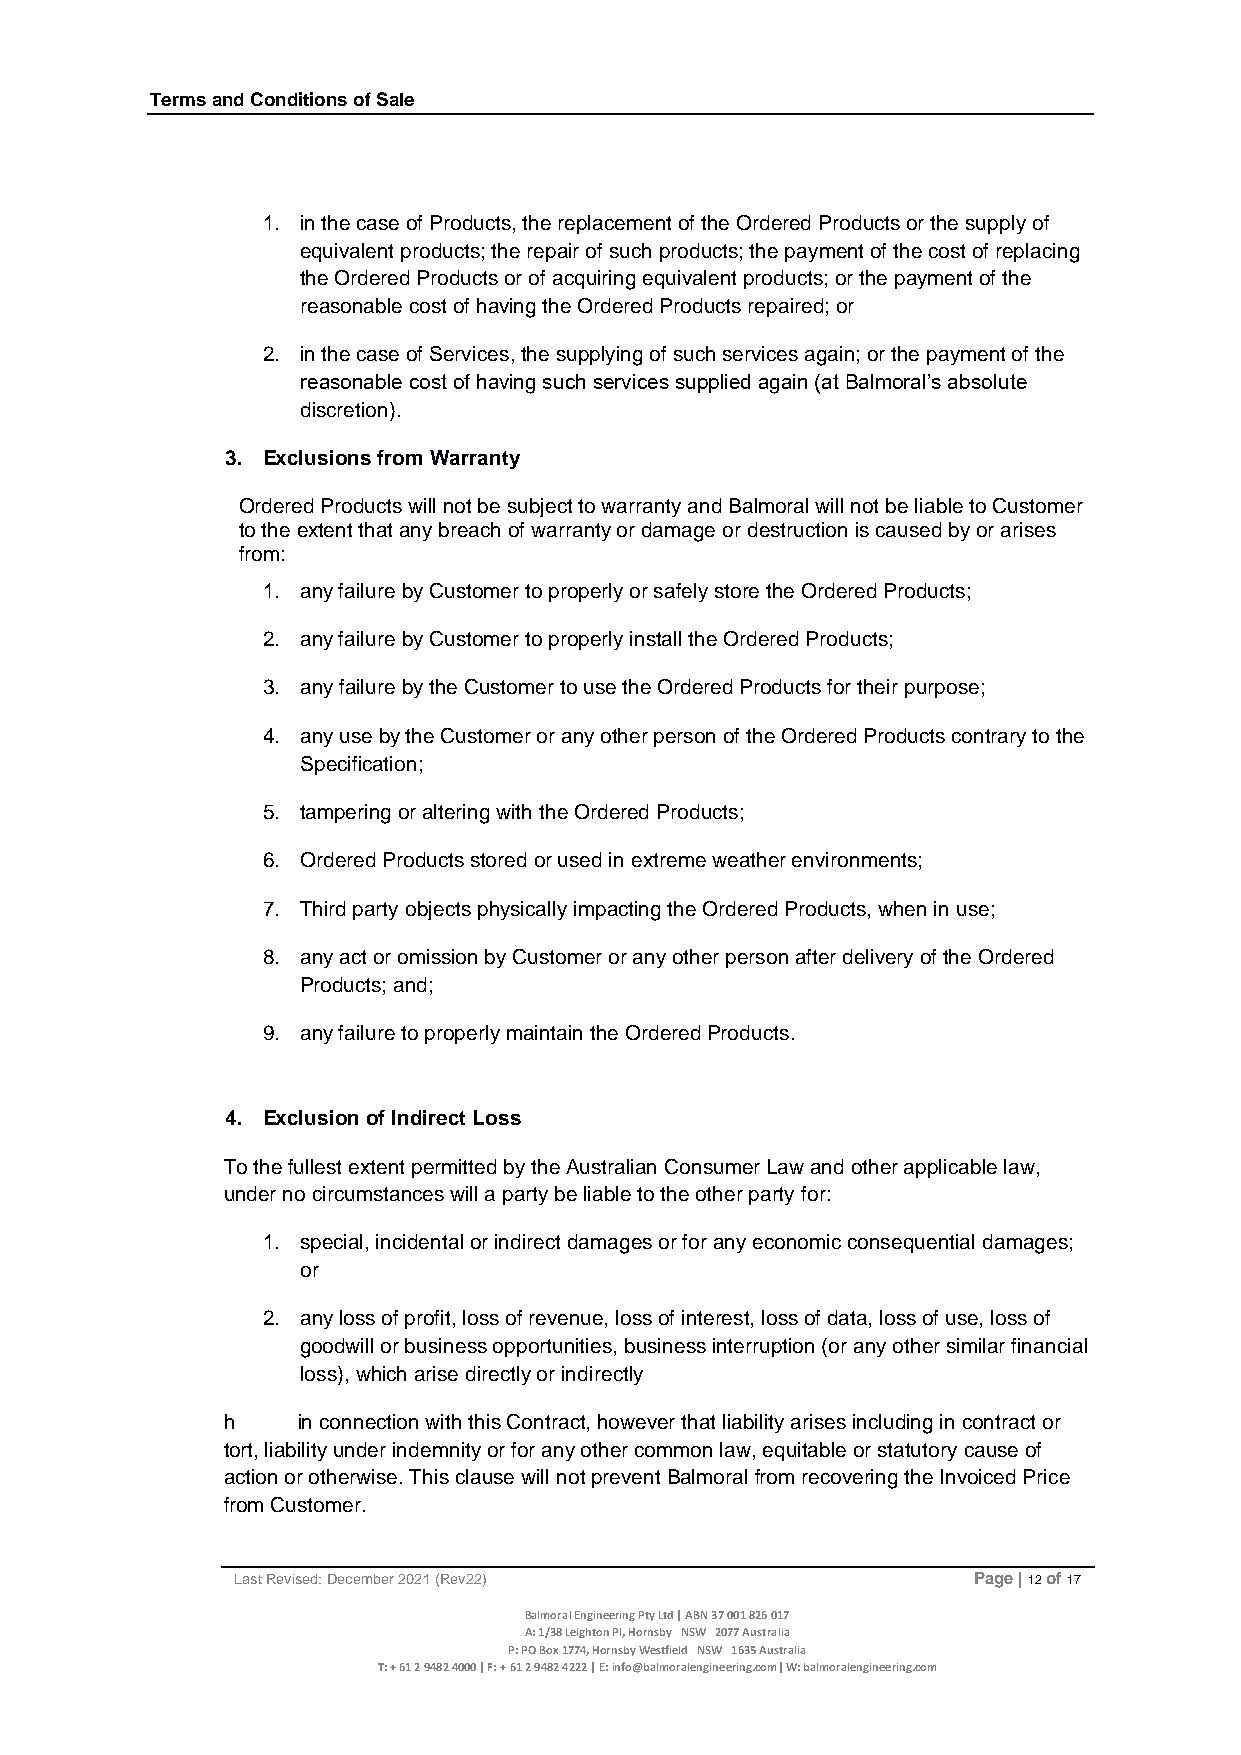
Terms and Conditions of Sale
 1. in the case of Products, the replacement of the Ordered Products or the supply of
 equivalent products; the repair of such products; the payment of the cost of replacing
 the Ordered Products or of acquiring equivalent products; or the payment of the
 reasonable cost of having the Ordered Products repaired; or
 2. in the case of Services, the supplying of such services again; or the payment of the
 reasonable cost of having such services supplied again (at Balmoral’s absolute
 discretion).
 3. Exclusions from Warranty
 Ordered Products will not be subject to warranty and Balmoral will not be liable to Customer
 to the extent that any breach of warranty or damage or destruction is caused by or arises
 from:
 1. any failure by Customer to properly or safely store the Ordered Products;
 2. any failure by Customer to properly install the Ordered Products;
 3. any failure by the Customer to use the Ordered Products for their purpose;
 4. any use by the Customer or any other person of the Ordered Products contrary to the
 Specification;
 5. tampering or altering with the Ordered Products;
 6. Ordered Products stored or used in extreme weather environments;
 7. Third party objects physically impacting the Ordered Products, when in use;
 8. any act or omission by Customer or any other person after delivery of the Ordered
 Products; and;
 9. any failure to properly maintain the Ordered Products.
 4. Exclusion of Indirect Loss
 To the fullest extent permitted by the Australian Consumer Law and other applicable law,
 under no circumstances will a party be liable to the other party for:
 1. special, incidental or indirect damages or for any economic consequential damages;
 or
 2. any loss of profit, loss of revenue, loss of interest, loss of data, loss of use, loss of
 goodwill or business opportunities, business interruption (or any other similar financial
 loss), which arise directly or indirectly
 h    in connection with this Contract, however that liability arises including in contract or
 tort, liability under indemnity or for any other common law, equitable or statutory cause of
 action or otherwise. This clause will not prevent Balmoral from recovering the Invoiced Price
 from Customer.
 Last Revised: December 2021 (Rev22)             Page | 12 of 17
 Balmoral Engineering Pty Ltd | ABN 37 001 826 017
 A: 1/38 Leighton Pl, Hornsby NSW 2077 Australia
 P: PO Box 1774, Hornsby Westfield NSW 1635 Australia
 T: + 61 2 9482 4000 | F: + 61 2 9482 4222 | E: info@balmoralengineering.com| W: balmoralengineering.com